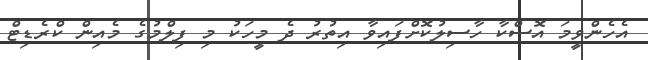
އެހެންވީމަ އޮސްކާ ހާސިލުކޮށްފައިވާ އިތުރު ދެ މީހަކު މި ފިލްމުގެ މެއިން ކްރެޑިޓް